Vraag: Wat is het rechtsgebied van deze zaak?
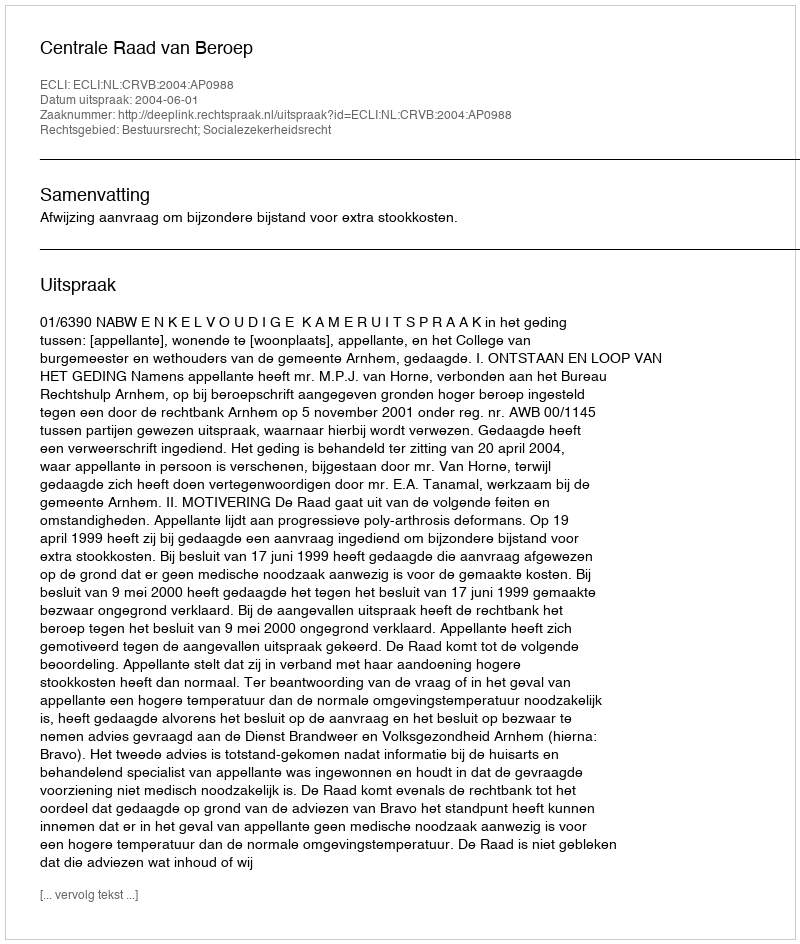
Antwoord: Bestuursrecht; Socialezekerheidsrecht